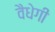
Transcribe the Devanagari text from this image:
वैधेगी